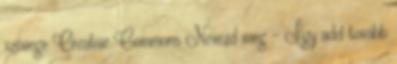
szövege Creative Commons Nevezd meg – Így add tovább